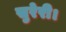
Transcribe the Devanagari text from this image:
सुरेरी।